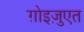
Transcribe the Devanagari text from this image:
ग़ोइज़ुएत